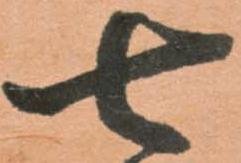
七